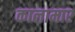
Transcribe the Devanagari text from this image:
कालामार